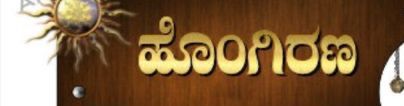
Language: kannada
Transcription: ಹೊಂಗಿರಣ